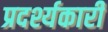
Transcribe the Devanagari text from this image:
प्रदर्श्यकारी